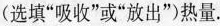
(选填“吸收”或“放出”)热量.